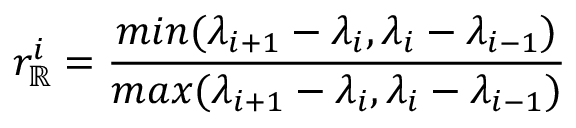
r _ { \mathbb { R } } ^ { i } = \frac { m i n ( \lambda _ { i + 1 } - \lambda _ { i } , \lambda _ { i } - \lambda _ { i - 1 } ) } { m a x ( \lambda _ { i + 1 } - \lambda _ { i } , \lambda _ { i } - \lambda _ { i - 1 } ) }